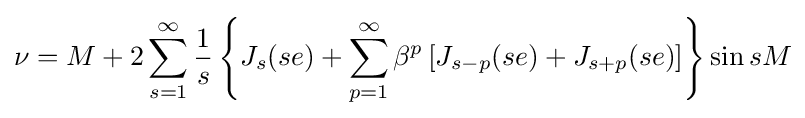
\nu =M+2\sum _{s=1}^{\infty }{\frac {1}{s}}\left\{J_{s}(se)+\sum _{p=1}^{\infty }\beta ^{p}\left[J_{s-p}(se)+J_{s+p}(se)\right]\right\}\sin sM